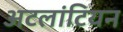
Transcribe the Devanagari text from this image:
अटलांटियन